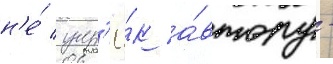
н'е́ упр'ё́к а́втору -